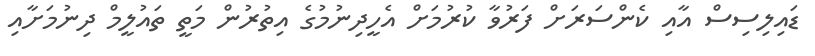
ޑައިލިސިސް އާއި ކެންސަރަށް ފަރުވާ ކުރުމަށް އެހީދިނުމުގެ އިތުރުން މަތީ ތައުލީމް ދިނުމަށާއި